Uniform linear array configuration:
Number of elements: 24
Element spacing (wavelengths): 0.5
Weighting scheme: exponential
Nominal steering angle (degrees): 45
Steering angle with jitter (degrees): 45.009
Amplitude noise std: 0.05
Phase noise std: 0.05

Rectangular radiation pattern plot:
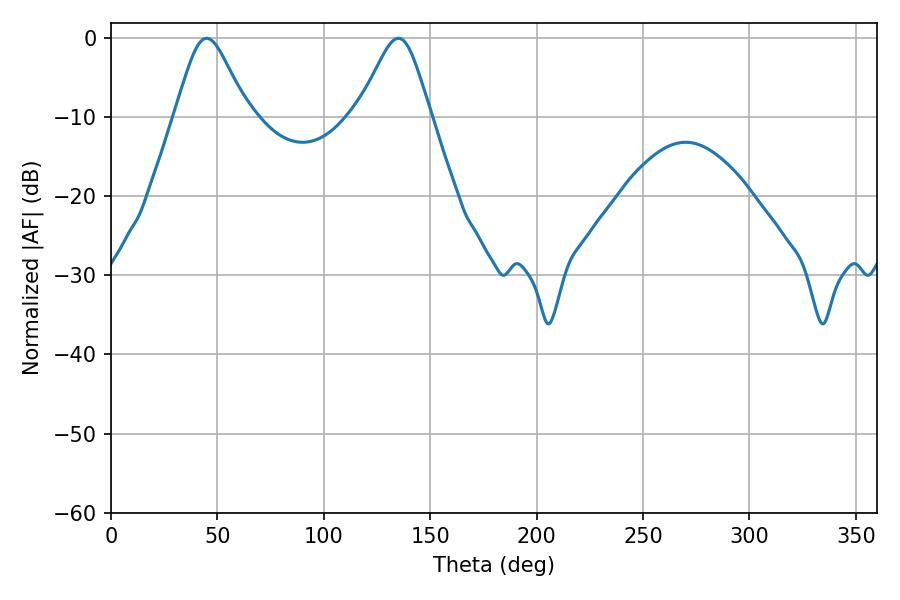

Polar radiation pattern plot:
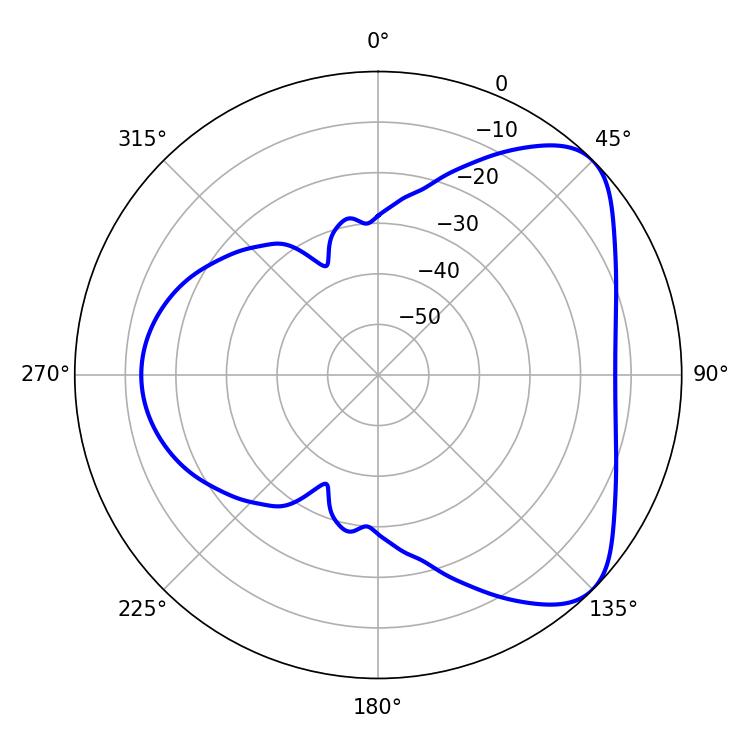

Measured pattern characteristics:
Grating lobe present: FALSE
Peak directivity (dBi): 6.012
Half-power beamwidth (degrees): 16.56
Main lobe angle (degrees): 45